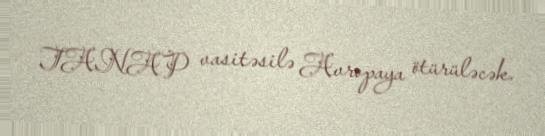
TANAP vasitəsilə Avropaya ötürüləcək.